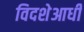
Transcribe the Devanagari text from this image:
विदशेआधी